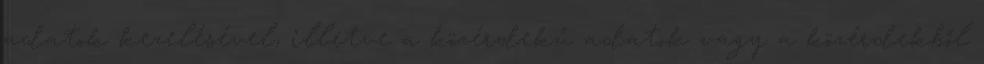
adatok kezelésével, illetve a közérdekű adatok vagy a közérdekből